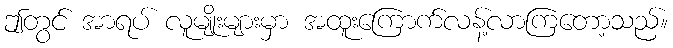
ဤတွင် အာရပ် လူမျိုးများမှာ အထူးကြောက်လန့်လာကြတော့သည်။